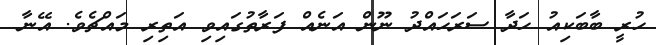
ހުރީ ބާބަކިއު ހަދާ ސަރަހައްދު ނޫން އަނެެއް ފަރާތުގައިވި އަތިރި މައްޗެވެ. އޭނާ